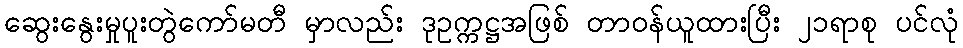
ဆွေးနွေးမှုပူးတွဲကော်မတီ မှာလည်း ဒုဥက္ကဋ္ဌအဖြစ် တာဝန်ယူထားပြီး ၂၁ရာစု ပင်လုံ